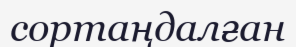
сортаңдалған